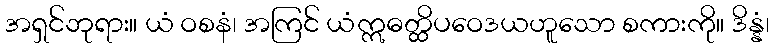
အရှင်ဘုရား။ ယံ ဝစနံ၊ အကြင် ယံဣဓတ္ထိပဝေဒယဟူသော စကားကို။ ဒိန္နံ၊